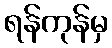
ရန်ကုန်မှ